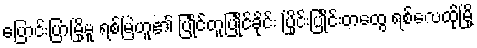
ပြောင်းပြာမြို့မူ ရစ်မြဲဟူ၏ ပြုိင်တူပြုိင်ခိုင်း ပြိုင်းပြုိင်းတထွေ ရစ်လေထိုမြို့